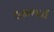
ઉકાભાઈ